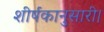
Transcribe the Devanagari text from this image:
शीर्षकानुसारी।